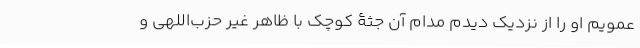
عمویم او را از نزدیک دیدم مدام آن جثۀ کوچک با ظاهر غیر حزب‌اللهی و